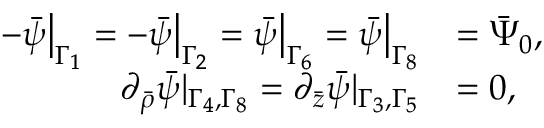
\begin{array} { r l } { - \bar { \psi } \big | _ { \Gamma _ { 1 } } = - \bar { \psi } \big | _ { \Gamma _ { 2 } } = \bar { \psi } \big | _ { \Gamma _ { 6 } } = \bar { \psi } \big | _ { \Gamma _ { 8 } } } & { = \bar { \Psi } _ { 0 } , } \\ { \partial _ { \bar { \rho } } \bar { \psi } | _ { \Gamma _ { 4 } , \Gamma _ { 8 } } = \partial _ { \bar { z } } \bar { \psi } | _ { \Gamma _ { 3 } , \Gamma _ { 5 } } } & { = 0 , } \end{array}